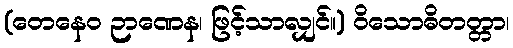
(တေနေဝ ဉာဏေန၊ ဖြင့်သာလျှင်။) ဝိသောဓိတတ္တာ၊